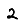
Digit: 2